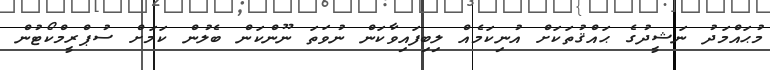
މުޙައްމަދު ނަޝީދުގެ ޙައްޤުތަކަށް އުނިކަމެއް ލިބިފައިވާކަން ނުވަތަ ނޫންކަން ބެލުން ކަމަށް ސުޕްރީމްކޯޓުން